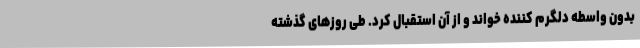
بدون واسطه دلگرم کننده خواند و از آن استقبال کرد. طی روزهای گذشته